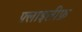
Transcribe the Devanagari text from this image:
फ़्लाइलीफ़